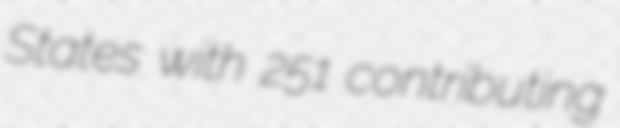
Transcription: States with 251 contributing